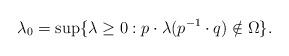
LaTeX: \begin{align*}\lambda_0=\sup\{\lambda\geq 0: p\cdot \lambda(p^{-1}\cdot q)\notin \Omega\}.\end{align*}